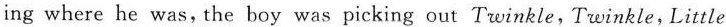
ing where he was，the boy was picking out Twinkle,，Twinkle，Little